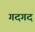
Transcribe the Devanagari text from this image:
गदगद